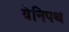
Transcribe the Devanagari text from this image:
येनिपथ